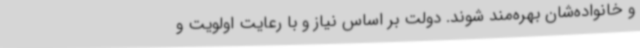
و خانواده‌شان بهره‌مند شوند. دولت بر اساس نیاز و با رعایت اولویت و